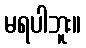
မရပါဘူး။